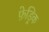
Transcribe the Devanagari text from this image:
फ़ेड्रिक